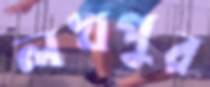
লখপুর